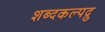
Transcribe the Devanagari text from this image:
शब्दकल्पद्रु